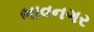
ભાવનગર